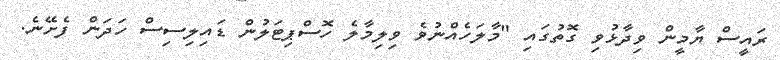
ރައީސް ޔާމީން ވިދާޅުވި ގޮތުގައި "މާލަހެއްނުވެ ވިލިމާލެ ހޮސްޕިޓަލުން ޑައިލިސިސް ހަދަން ފެށޭނެ.